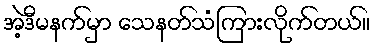
အဲ့ဒီမနက်မှာ သေနတ်သံကြားလိုက်တယ်။